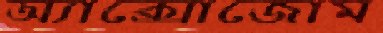
অ্যাক্সোজোম